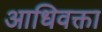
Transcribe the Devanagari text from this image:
आधिवक्ता